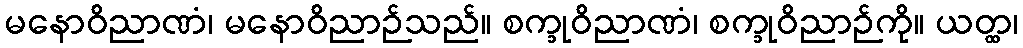
မနောဝိညာဏံ၊ မနောဝိညာဉ်သည်။ စက္ခုဝိညာဏံ၊ စက္ခုဝိညာဉ်ကို။ ယတ္ထ၊